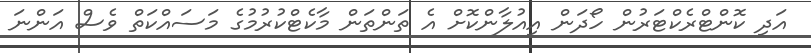
އަދި ކޮންޓްރެކްޓަރުން ހޯދަން އިއުލާންކޮށް އެ ތަންތަން މާކެޓްކުރުމުގެ މަސައްކަތް ވެސް އަންނަ